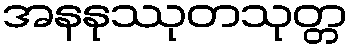
အနနုဿုတသုတ္တ